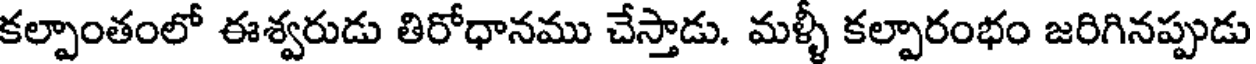
కల్పాంతంలో ఈశ్వరుడు తిరోధానము చేస్తాడు. మళ్ళీ కల్పారంభం జరిగినప్పుడు